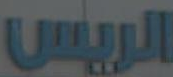
الريس